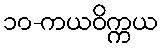
၁၀-ကယဝိက္ကယ